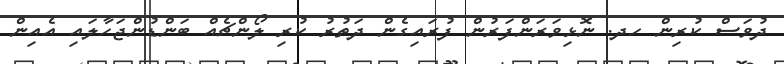
ދުވަސް ކުރިން ހދ. ނޮޅިވަރަންފަރުން ފުރައިގެން ދަތުރު ކުރި ލޯންޗެއް ބަންޑުންޖަހާލައި އެއިން